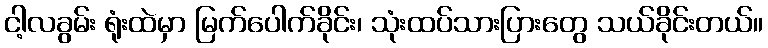
ငါ့လခွမ်း ရုံးထဲမှာ မြက်ပေါက်ခိုင်း၊ သုံးထပ်သားပြားတွေ သယ်ခိုင်းတယ်။